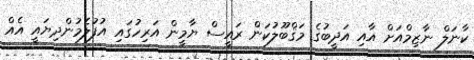
ކާނަލް ނާޒިމްއަށް އާއި އަދީބުގެ މަޤްބޫލުކަން ރައީސް ޔާމީން އަރިހުގައި އުފުލެމުންދިޔައީ އެއް